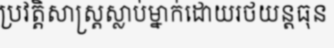
ប្រវត្តិសាស្ត្រស្លាប់ម្នាក់ដោយរថយន្តធុន